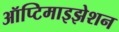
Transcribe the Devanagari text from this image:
ऑप्टिमाइझेशन